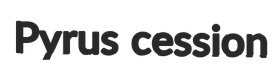
Pyrus cession